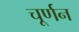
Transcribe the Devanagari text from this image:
चूर्णन